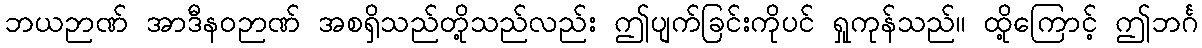
ဘယဉာဏ် အာဒီနဝဉာဏ် အစရှိသည်တို့သည်လည်း ဤပျက်ခြင်းကိုပင် ရှုကုန်သည်။ ထို့ကြောင့် ဤဘင်္ဂ